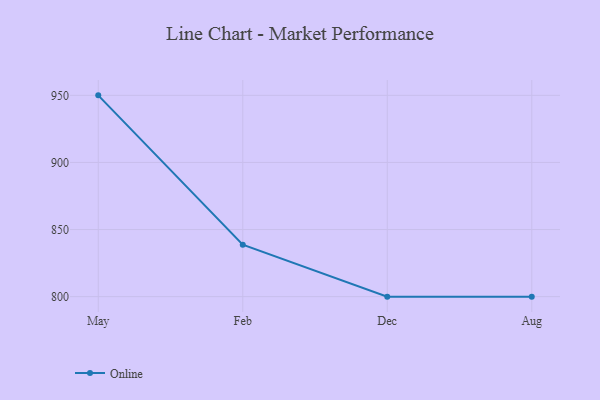
{"axis": {"x": "Month", "y": "LTV (USD)"}, "legend": ["Online"], "data": [{"x": "May", "y": 950.0, "type": "Online"}, {"x": "Feb", "y": 838.7, "type": "Online"}, {"x": "Dec", "y": 800, "type": "Online"}, {"x": "Aug", "y": 800, "type": "Online"}]}